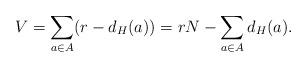
LaTeX: \begin{align*} V = \sum _{a\in A} (r - d_H(a)) = rN - \sum _{a\in A} d_H(a). \end{align*}